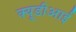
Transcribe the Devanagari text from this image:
क्यूडीआई